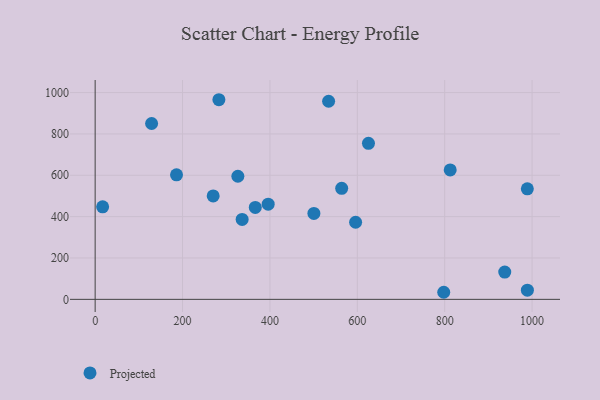
{"axis": {"x": "Price", "y": "Exam Score"}, "legend": ["Projected"], "data": [{"x": "336.4", "y": 386.7, "type": "Projected"}, {"x": "564.2", "y": 537.0, "type": "Projected"}, {"x": "283.2", "y": 965.4, "type": "Projected"}, {"x": "500.6", "y": 415.7, "type": "Projected"}, {"x": "270.1", "y": 500.3, "type": "Projected"}, {"x": "989.1", "y": 534.3, "type": "Projected"}, {"x": "129.2", "y": 850.5, "type": "Projected"}, {"x": "797.8", "y": 34.2, "type": "Projected"}, {"x": "812.6", "y": 625.9, "type": "Projected"}, {"x": "326.6", "y": 595.3, "type": "Projected"}, {"x": "625.5", "y": 754.6, "type": "Projected"}, {"x": "989.2", "y": 44.5, "type": "Projected"}, {"x": "534.3", "y": 958.0, "type": "Projected"}, {"x": "937.4", "y": 131.7, "type": "Projected"}, {"x": "366.5", "y": 444.5, "type": "Projected"}, {"x": "396.0", "y": 460.1, "type": "Projected"}, {"x": "17.1", "y": 447.4, "type": "Projected"}, {"x": "186.2", "y": 602.4, "type": "Projected"}, {"x": "596.1", "y": 372.9, "type": "Projected"}]}